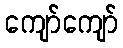
ကျော်ကျော်